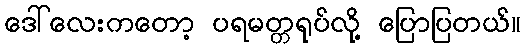
ဒေါ်လေးကတော့ ပရမတ္တရုပ်လို့ ပြောပြတယ်။